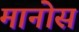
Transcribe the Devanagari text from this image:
मानोस